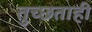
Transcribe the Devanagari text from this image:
तुच्छताही